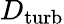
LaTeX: D_{\mathrm{turb}}